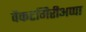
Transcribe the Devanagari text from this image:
वेंकटगिरीअप्पा